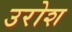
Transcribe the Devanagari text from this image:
उरोश